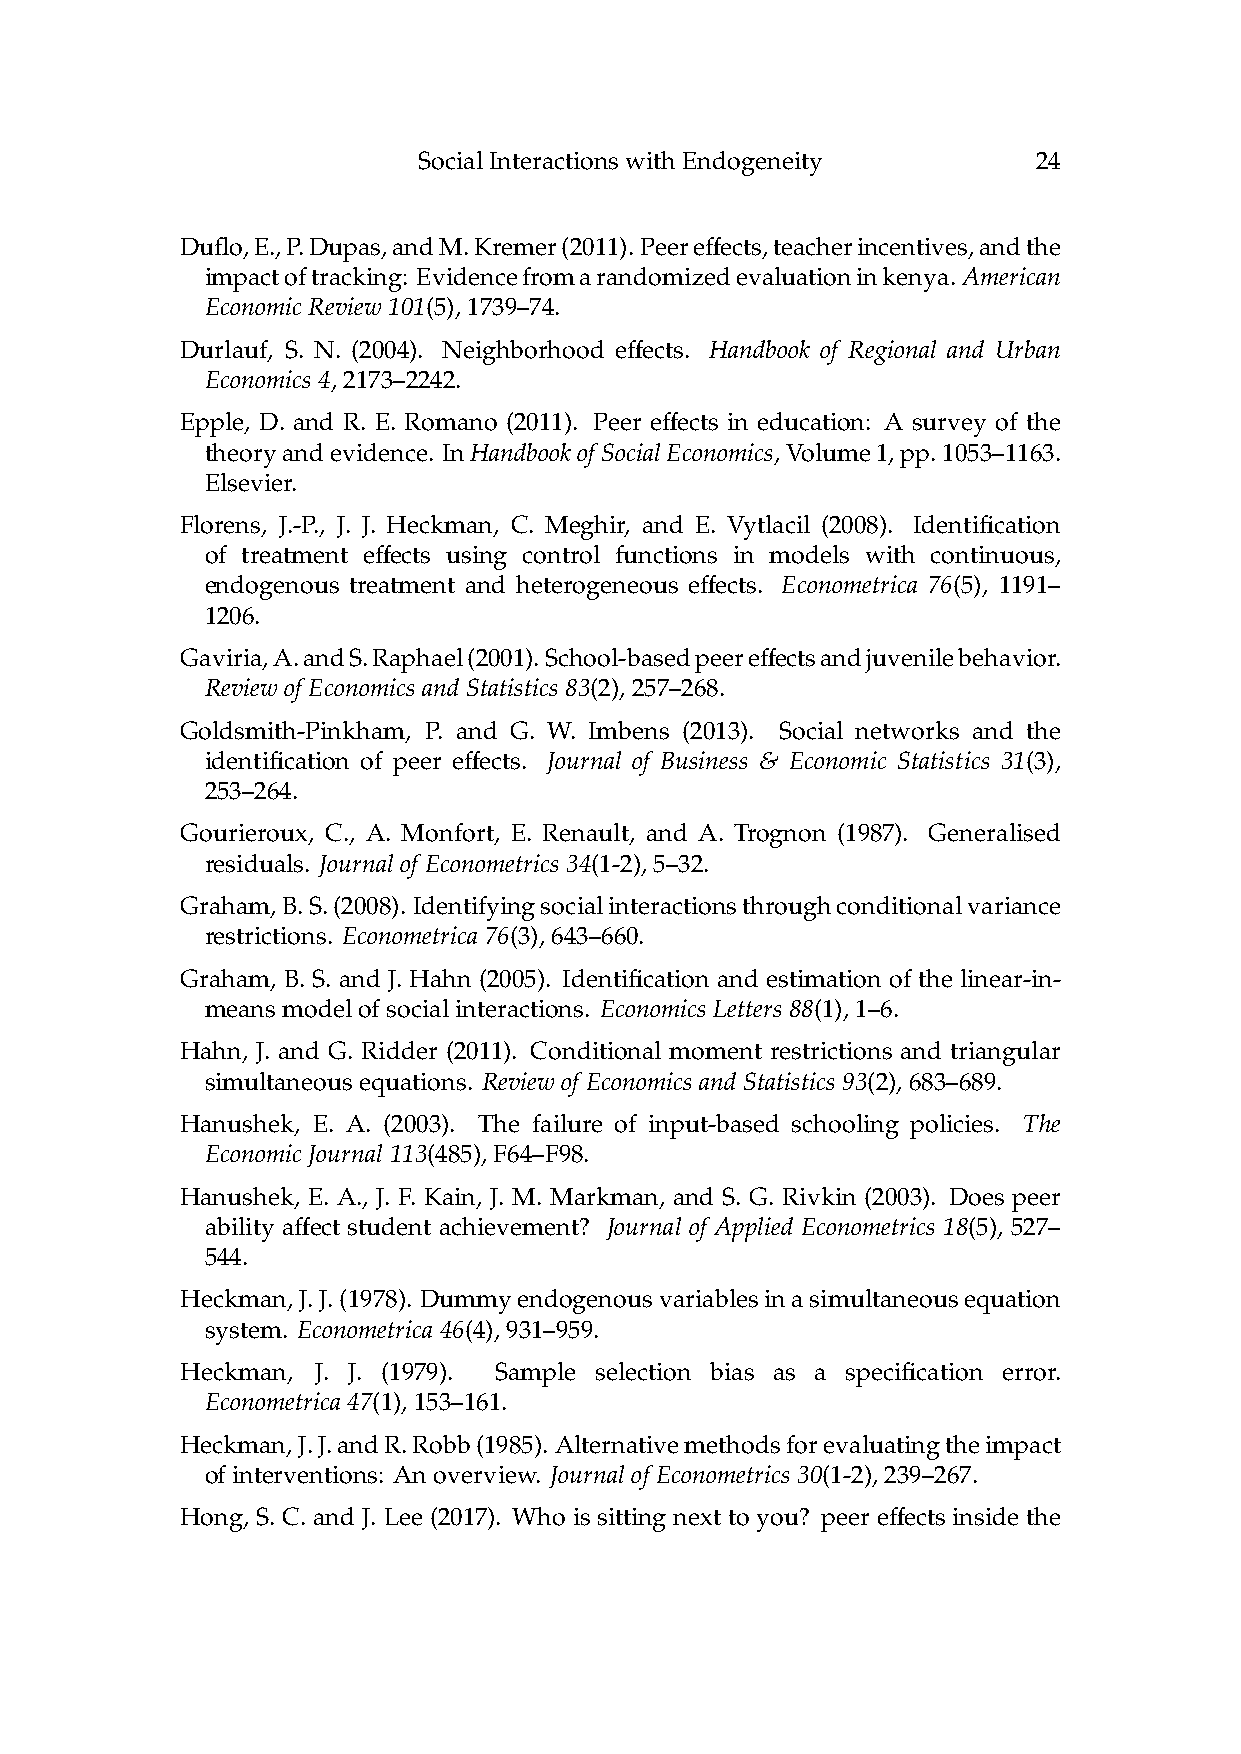
SocialInteractionswithEndogeneity        24
 ff
 Duflo,E.,P.Dupas,andM.Kremer(2011).Peere ects,teacherincentives,andthe
 impactoftracking: Evidencefromarandomizedevaluationinkenya.American
 EconomicReview101(5),1739–74.
 ff
 Durlauf, S. N. (2004). Neighborhood e ects. Handbook of Regional and Urban
 Economics4,2173–2242.
 ff
 Epple, D. and R. E. Romano (2011). Peer e ects in education: A survey of the
 theoryandevidence. InHandbookofSocialEconomics,Volume1,pp.1053–1163.
 Elsevier.
 Florens, J.-P., J. J. Heckman, C. Meghir, and E. Vytlacil (2008). Identification
 ff
 of treatment e ects using control functions in models with continuous,
 ff
 endogenous treatment and heterogeneous e ects. Econometrica 76(5), 1191–
 1206.
 ff
 Gaviria,A.andS.Raphael(2001).School-basedpeere ectsandjuvenilebehavior.
 ReviewofEconomicsandStatistics83(2),257–268.
 Goldsmith-Pinkham, P. and G. W. Imbens (2013). Social networks and the
 ff
 identification of peer e ects. Journal of Business & Economic Statistics 31(3),
 253–264.
 Gourieroux, C., A. Monfort, E. Renault, and A. Trognon (1987). Generalised
 residuals. JournalofEconometrics34(1-2),5–32.
 Graham,B.S.(2008). Identifyingsocialinteractionsthroughconditionalvariance
 restrictions. Econometrica76(3),643–660.
 Graham, B. S. and J. Hahn (2005). Identification and estimation of the linear-in-
 meansmodelofsocialinteractions. EconomicsLetters88(1),1–6.
 Hahn, J. and G. Ridder (2011). Conditional moment restrictions and triangular
 simultaneousequations. ReviewofEconomicsandStatistics93(2),683–689.
 Hanushek, E. A. (2003). The failure of input-based schooling policies. The
 EconomicJournal113(485),F64–F98.
 Hanushek, E. A., J. F. Kain, J. M. Markman, and S. G. Rivkin (2003). Does peer
 ff
 ability a ect student achievement? Journal of Applied Econometrics 18(5), 527–
 544.
 Heckman,J.J.(1978). Dummyendogenousvariablesinasimultaneousequation
 system. Econometrica46(4),931–959.
 Heckman, J. J. (1979). Sample selection bias as a specification error.
 Econometrica47(1),153–161.
 Heckman,J.J.andR.Robb(1985). Alternativemethodsforevaluatingtheimpact
 ofinterventions: Anoverview. JournalofEconometrics30(1-2),239–267.
 ff
 Hong, S. C. and J. Lee (2017). Who is sitting next to you? peer e ects inside the